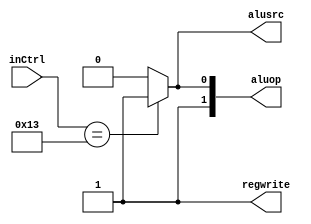
module Control(
    inCtrl, 
    aluop, 
    alusrc, 
    regwrite
);

input [6:0] inCtrl;
output [1:0] aluop;
output alusrc;
output regwrite;

wire [1:0] aluop;
wire alusrc;
wire regwrite;

//addi and srai need to choose imm
assign alusrc = (inCtrl == 7'b0010011)? 1'b1: 1'b0;
//every instruction in this lab needs to write to the register
assign regwrite = 1'b1; 
//operations are all R type
//but I add a different one for the instruction that use imm
assign aluop = (inCtrl == 7'b0010011)? 2'b11:2'b10;

endmodule